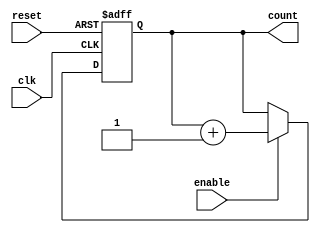
module UpCounter #(parameter N = 4) (
    input wire clk,         // Clock signal
    input wire reset,       // Asynchronous reset signal
    input wire enable,      // Enable signal
    output reg [N-1:0] count // N-bit count output
);

// Sequential logic for the counter
always @(posedge clk or posedge reset) begin
    if (reset) begin
        count <= 0; // Reset the count to zero
    end else if (enable) begin
        count <= count + 1; // Increment the count
    end
    // If enable is low, count retains its current value
end

endmodule